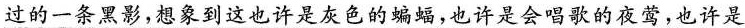
过的一条黑影，想象到这也许是灰色的蝙蝠，也许是会唱歌的夜莺，也许是